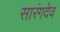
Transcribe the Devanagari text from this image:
सारंगदेव